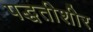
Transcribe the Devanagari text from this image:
पद्धतीशीर